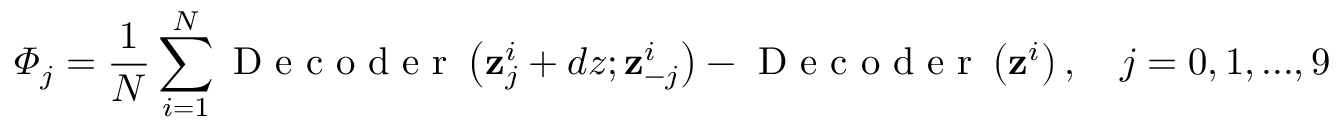
\varPhi _ { j } = \frac { 1 } { N } \sum _ { i = 1 } ^ { N } \mathrm { ~ D ~ e ~ c ~ o ~ d ~ e ~ r ~ } \left( \mathbf { z } _ { j } ^ { i } + d z ; \mathbf { z } _ { - j } ^ { i } \right) - \mathrm { ~ D ~ e ~ c ~ o ~ d ~ e ~ r ~ } \left( \mathbf { z } ^ { i } \right) , \quad j = 0 , 1 , . . . , 9